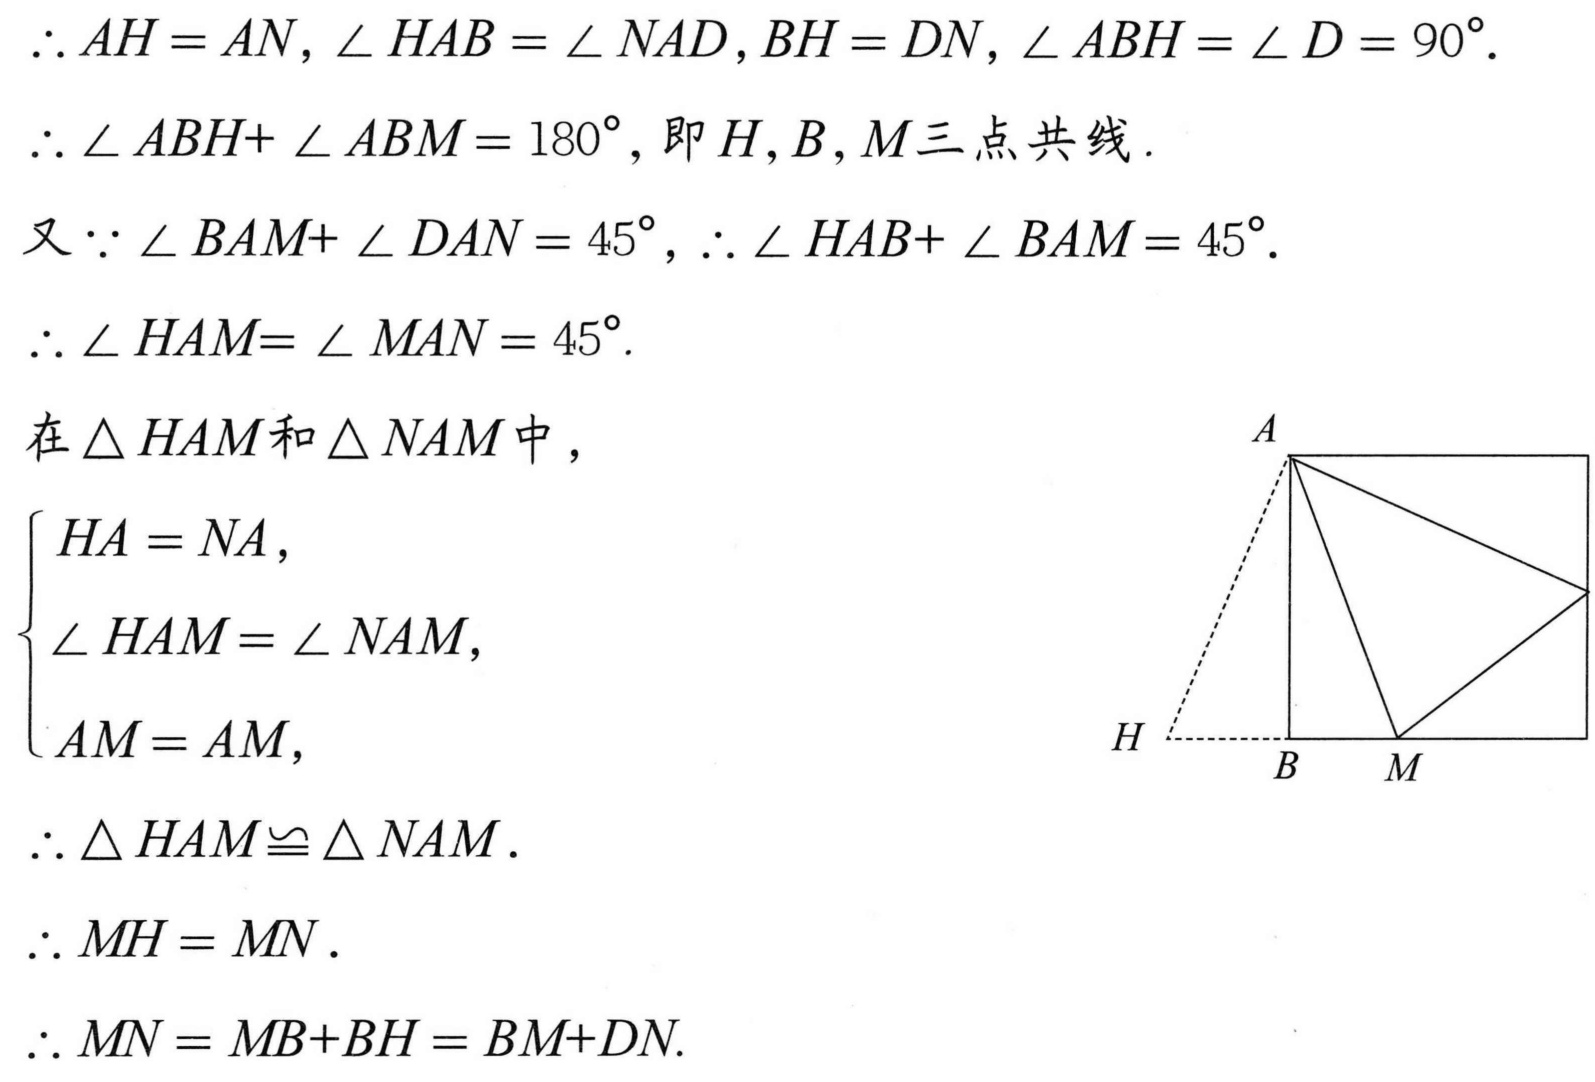
$\therefore AH = AN$, $\angle HAB=\angle NAD$, $BH = DN$, $\angle ABH=\angle D = 90^{\circ}$.
$\therefore\angle ABH+\angle ABM = 180^{\circ}$, 即$H,B,M$三点共线.
又$\because\angle BAM+\angle DAN = 45^{\circ}$, $\therefore\angle HAB+\angle BAM = 45^{\circ}$.
$\therefore\angle HAM=\angle MAN = 45^{\circ}$.
在$\triangle HAM$和$\triangle NAM$中，
$\begin{cases}
HA = NA,\\
\angle HAM=\angle NAM,\\
AM = AM,
\end{cases}$
$\therefore\triangle HAM\cong\triangle NAM$.
$\therefore MH = MN$.
$\therefore MN = MB + BH=BM + DN$.
  ![](https://p6-hippo-sign.byteimg.com/tos-cn-i-a9yeduch1e/8c886c88888f4c8c898c877788778787~tplv-ii0cwwkcx9-resize-crop-v1:580:583:871:833:0:0.png?lk3s=f89d68d8&x-expires=2034771311&x-signature=1z0d1G474U67777W66J8227777Y%3D)